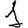
Digit: 1